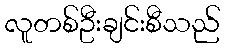
လူတစ်ဦးချင်းစီသည်